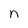
Character: n